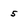
Character: 5